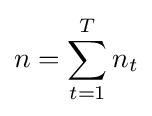
n=\sum _{t=1}^{T}n_{t}